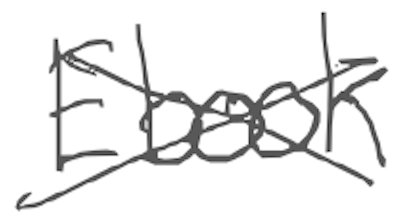
Text: Ebook
Cross-out: cross
Writing tool: digital_gray